Sketch of the medical history of the native army of Bombay, for the year
Year: 1875
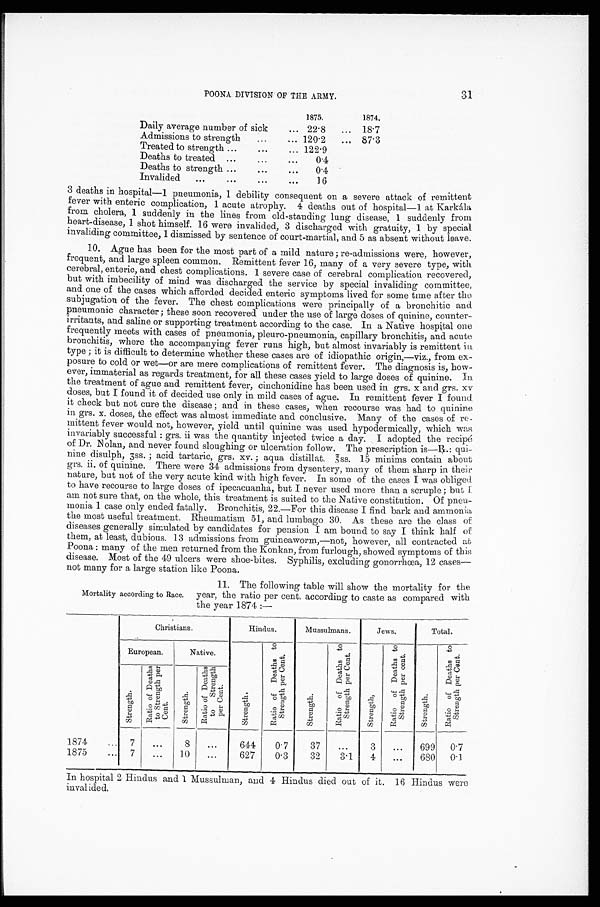
POONA DIVISION OF THE ARMY.
31
1875.
1874.
Daily average number of sick
22·8
18·7
Admissions to strength
120·2
87·3
Treated to strength
122·9
Deaths to treated
0·4
Deaths to strength
0·4
Invalided
16
3 deaths in hospital—1 pneumonia, 1 debility consequent on a severe attack of remittent
fever with enteric complication, 1 acute atrophy. 4 deaths out of hospital—1 at Karkála
from cholera, 1 suddenly in the lines from old-standing lung disease, 1 suddenly from
heart-disease, 1 shot himself. 16 were invalided, 3 discharged with gratuity, 1 by special
invaliding committee, 1 dismissed by sentence of court-martial, and 5 as absent without leave.
10. Ague has been for the most part of a mild nature; re-admissions were, however,
frequent, and large spleen common. Remittent fever 16, many of a very severe type, with.
cerebral, enteric, and chest complications. 1 severe case of cerebral complication recovered,
but with imbecility of mind was discharged the service by special invaliding committee,
and one of the cases which afforded decided enteric symptoms lived for some time after the
subjugation of the fever. The chest complications were principally of a bronchitic and
pneumonic character; these soon recovered under the use of large doses of quinine, counter
- i r r i t a n t s , a n d s a l i n e o r s u p p o r t i n g t r e a t m e n t a c c o r d i n g t o t h e c a s e . I n a N a t i v e h o s p i t a l o n e
frequently meets with cases of pneumonia, pleuro-pneumonia, capillary bronchitis, and acute
bronchitis, where the accompanying fever runs high, but almost invariably is remittent in
type; it is difficult to determine whether these cases are of idiopathic origin,—viz., from ex
-posure to cold or wet—or are mere complications of remittent fever. The diagnosis how
-ever, immaterial as regards treatment, for all these cases yield to large doses of quinine. In
the treatment of ague and remittent fever, cinchonidine has been used in grs. x and grs. xv
doses, but I found it of decided use only in mild cases of ague. In remittent fever I found
it check but not cure the disease; and in these cases, when recourse was had to quinine
in grs. x. doses, the effect was almost immediate and conclusive. Many of the cases of re
-mittent fever would not, however, yield until quinine was used hypodermically, which was
invariably successful: grs. ii was the quantity injected twice a day. I adopted the recipé
of Dr. Nolan, and never found sloughing or ulceration follow. The prescription is
— R . : q u i - n i n e d i s u l p h , 3 s s . ; a c i d t a r t a r i c , g r s . x v . ; a q u a d i s t i l l a t . 3 s s . 1 5 m i n i m s c o n t a i n a b o u t
grs. ii. of quinine. There were 34 admissions from dysentery, many of them sharp in their
nature, but not of the very acute kind with high fever. In some of the cases I was obliged
to have recourse to large doses of ipecacuanha, but I never used more than a scruple; but
I am not sure that, on the whole, this treatment is suited to the Native constitution. Of pneu-
monia 1 case only ended fatally. Bronchitis, 22.—For this disease I find bark and ammonia
the most useful treatment. Rheumatism 51, and lumbago 30. As these are the class of
diseases generally simulated by candidates for pension I am bound to say I think half of
them, at least, dubious. 13 admissions from guineaworm,—not, however, all contracted at
Poona: many of the men returned from the Konkan, from furlough, showed symptoms of this
disease. Most of the 49 ulcers were shoe-bites. Syphilis, excluding gonorrhœa, 12 cases
—not many for large station like Poona.
Mortality according to Race.
11. The following table will show the mortality for the
year, the ratio per cent. according to caste as compared with
the year 1874:—
Christians.
Hindus.
Mussulmans.
Jews.
Total.
European.
N a t i v e .
S t r e n g t h .
R a t i o o f D e a t h s t o S t r e n g t h p e r C e n t .
S t r e n g t h .
R a t i o o f D e a t h s t o S t r e n g t h p e r C e n t .
S t r e n g t h .
R a t i o o f D e a t h s t o S t r e n g t h p e r C e n t .
S t r e n g t h .
R a t i o o f D e a t h s t o S t r e n g t h p e r C e n t .
S t r e n g t h .
R a t i o o f D e a t h s t o S t r e n g t h p e r C e n t .
S t r e n g t h .
R a t i o o f D e a t h s t o S t r e n g t h p e r C e n t .
1874
7
...
8
...
644
0·7
37
...
3
...
699
0·7
1875
7 ...
10
...
627
0·3
32
3·1
4 ...
680
0·1
In hospital 2 Hindus and 1 Mussulman, and 4 Hindus died out of it. 16 Hindus were
invalided.